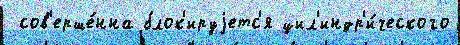
 сов'ерше́нна блок'ируjетс'я цил'индр'и́ческого